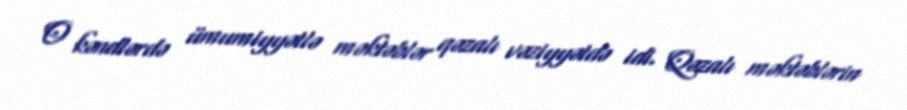
O kəndlərdə ümumiyyətlə məktəblər qəzalı vəziyyətdə idi. Qəzalı məktəblərin